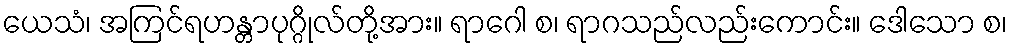
ယေသံ၊ အကြင်ရဟန္တာပုဂ္ဂိုလ်တို့အား။ ရာဂေါ စ၊ ရာဂသည်လည်းကောင်း။ ဒေါသော စ၊